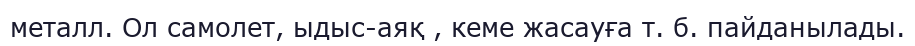
металл. Ол самолет, ыдыс-аяқ , кеме жасауға т. б. пайданылады.